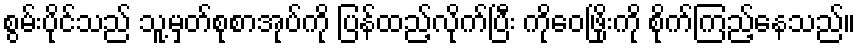
စွမ်းပိုင်သည် သူ့မှတ်စုစာအုပ်ကို ပြန်ထည့်လိုက်ပြီး ကိုဝေဖြိုးကို စိုက်ကြည့်နေသည်။